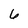
Character: 6